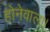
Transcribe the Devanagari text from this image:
होनेवाला।